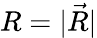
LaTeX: R=|\vec{R}|